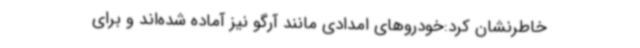
خاطرنشان کرد:خودروهای امدادی مانند آرگو نیز آماده شده‌اند و برای